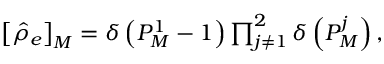
\begin{array} { r } { \left[ \hat { \rho } _ { e } \right] _ { M } = \delta \left( P _ { M } ^ { 1 } - 1 \right) \prod _ { j \neq 1 } ^ { 2 } \delta \left( P _ { M } ^ { j } \right) , } \end{array}